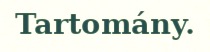
Tartomány.